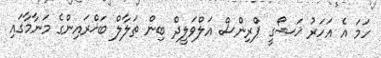
ހަމަ އެ އަހަރު ޚަޝޯގީ ޕްރިންސް އަލްވަލީދް ބިން ތަލާލް ބަޚްރައިންގެ މަނާމާގައި